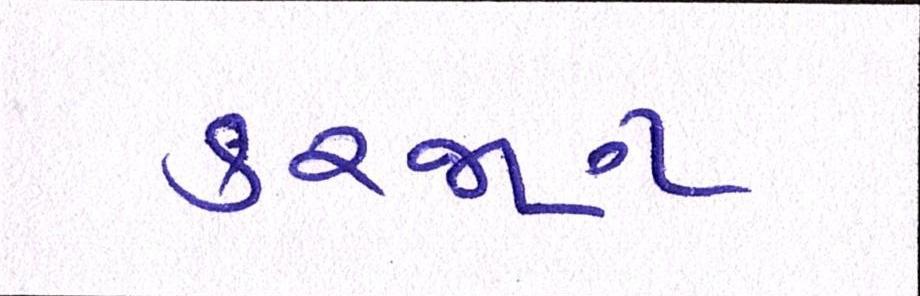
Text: કરજણ